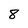
Character: 8